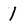
Character: 1